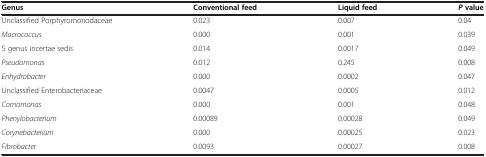
| Genus | Conventional feed | Liquid feed | P value |
 | --- | --- | --- | --- |
 | Unclassified Porphyromonodaceae | 0.023 | 0.007 | 0.04 |
 | Macrococcus | 0.000 | 0.001 | 0.039 |
 | 5 genus incertae sedis | 0.014 | 0.0017 | 0.049 |
 | Pseudomonas | 0.012 | 0.245 | 0.008 |
 | Enhydrobacter | 0.000 | 0.0002 | 0.047 |
 | Unclassified Enterobacteriaceae | 0.0047 | 0.0005 | 0.012 |
 | Comomonas | 0.000 | 0.001 | 0.048 |
 | Phenylobacterium | 0.00089 | 0.00028 | 0.049 |
 | Corynebacterium | 0.000 | 0.00025 | 0.023 |
 | Fibrobacter | 0.0093 | 0.00027 | 0.008 |